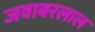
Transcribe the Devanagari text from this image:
जवाबरलाल